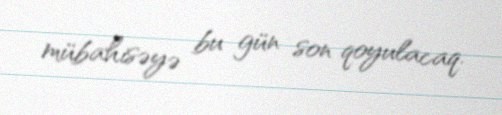
mübahisəyə bu gün son qoyulacaq.